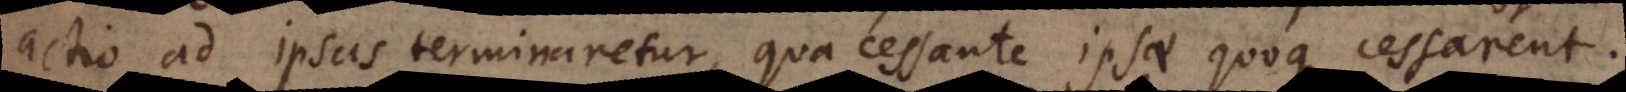
actio ad ipsas terminaretur, qua cessante ipsae quoque cessarent.